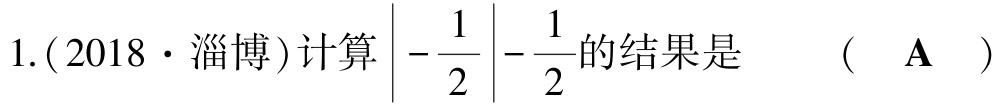
1.(2018·淄博)计算$\left|-\dfrac{1}{2}\right|-\dfrac{1}{2}$的结果是  (  A  )